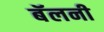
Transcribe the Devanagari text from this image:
बॅलनी